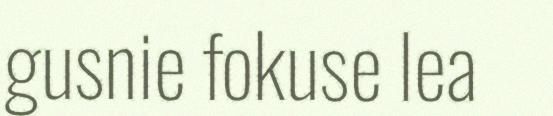
gusnie fokuse lea